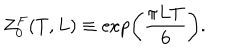
Z _ { 0 } ^ { F } ( T , L ) \equiv \exp \left( \frac { \pi L T } { 6 } \right) .